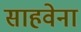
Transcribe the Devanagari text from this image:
साहवेना